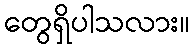
တွေရှိပါသလား။